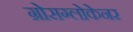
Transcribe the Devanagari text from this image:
ग्रोसग्लोकेनर